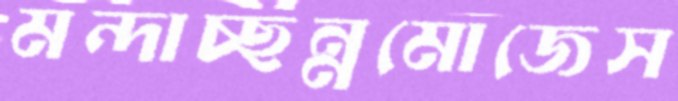
মন্দাচ্ছন্নমোজেস